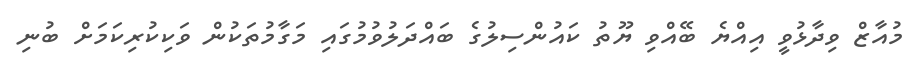
މުއާޒް ވިދާޅުވީ އިއްޔެ ބޭއްވި ޔޫތު ކައުންސިލުގެ ބައްދަލުވުމުގައި މަގާމުތަކުން ވަކިކުރިކަމަށް ބުނި